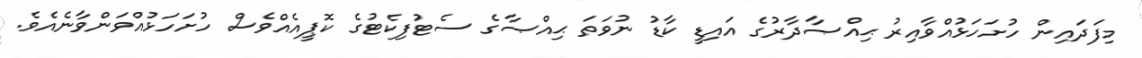
މިފަދައިން ހުށަހަޅުއްވާއިރު ޙިއްޞާދާރުގެ އައިޑީ ކާޑު ނުވަތަ ޙިއްޞާގެ ސެޓުފިކެޓުގެ ކޮޕީއެއްވެސް ހުށަހަޅުއްވަންވާނެއެވެ.